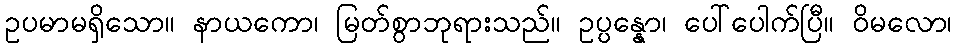
ဥပမာမရှိသော။ နာယကော၊ မြတ်စွာဘုရားသည်။ ဥပ္ပန္နော၊ ပေါ်ပေါက်ပြီ။ ဝိမလော၊